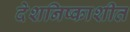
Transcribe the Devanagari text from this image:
देशनिष्काशीत